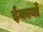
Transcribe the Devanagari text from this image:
ईकायाँ